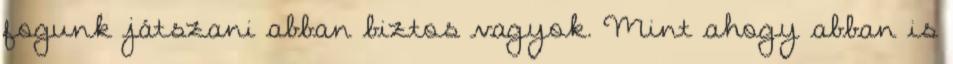
fogunk játszani abban biztos vagyok. Mint ahogy abban is